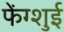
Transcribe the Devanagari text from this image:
फेंग्शुई